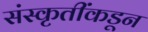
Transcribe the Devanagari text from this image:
संस्कृतींकडून